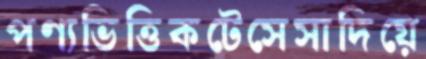
পণ্যভিত্তিকটেসেসাদিয়ে